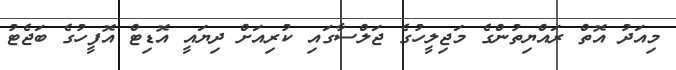
މިއަދު އޮތް ރައްޔިތުންގެ މަޖިލީހުގެ ޖަލްސާގައި ކުރިއަށް ދިޔައީ އޮޑިޓް އޮފީހުގެ ބަޖެޓު